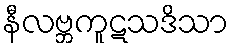
နီလဗ္ဘကူဋသဒိသာ